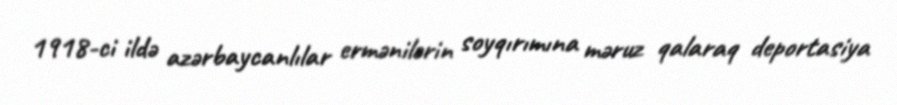
1918-ci ildə azərbaycanlılar ermənilərin soyqırımına məruz qalaraq deportasiya